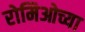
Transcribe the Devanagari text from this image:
रोमिओच्या